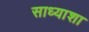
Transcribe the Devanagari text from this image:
साध्याशा